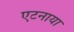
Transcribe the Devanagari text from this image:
एटनाया